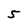
Character: 5